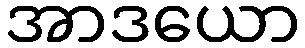
အာဒယော